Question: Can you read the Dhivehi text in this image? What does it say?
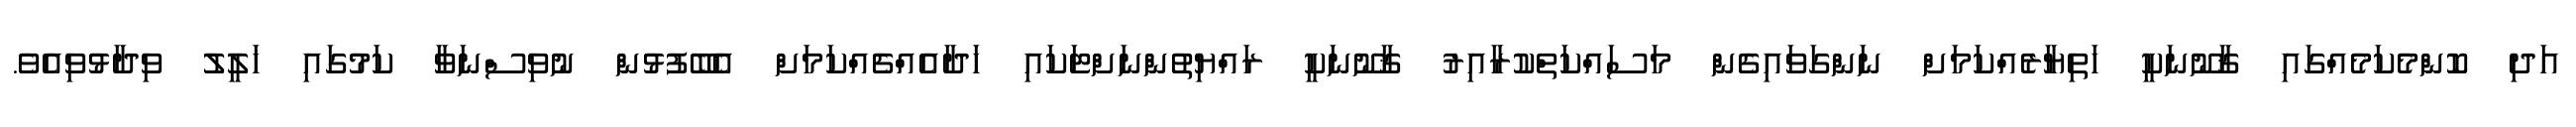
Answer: އަދި ކޮންމެކަމެއްގައި ޤާނޫނަކީ ހަތިޔާރެއްކަމަށް ނަންގަވައިގެން މަސައްކަތްކުރާއިރު ޤާނޫނަކީ ރައްޔިތުންނަށްޓަކައި ހަދާއެއްޗެއްކަމަށް އެބޭފުޅުން ނުވިސްނަވާ ކަމުގައި ޚަލީލު ވިދާޅުވިއެވެ.